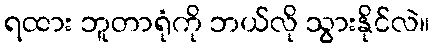
ရထား ဘူတာရုံကို ဘယ်လို သွားနိုင်လဲ။